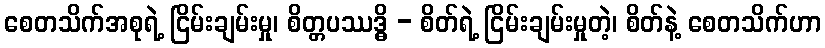
စေတသိက်အစုရဲ့ ငြိမ်းချမ်းမှု၊ စိတ္တပဿဒ္ဓိ - စိတ်ရဲ့ ငြိမ်းချမ်းမှုတဲ့၊ စိတ်နဲ့ စေတသိက်ဟာ